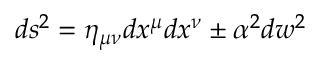
d s ^ { 2 } = \eta _ { \mu \nu } d x ^ { \mu } d x ^ { \nu } \pm \alpha ^ { 2 } d w ^ { 2 }